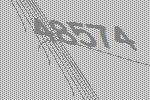
48574